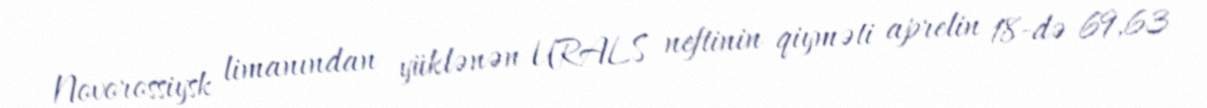
Novorossiysk limanından yüklənən URALS neftinin qiyməti aprelin 18-də 69,63